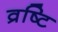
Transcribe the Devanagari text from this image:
व्रष्टि